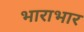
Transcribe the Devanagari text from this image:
भाराभार